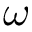
\omega